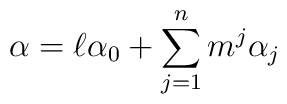
\alpha = \ell\alpha_0 + \sum_{j=1}^n m^j \alpha_j